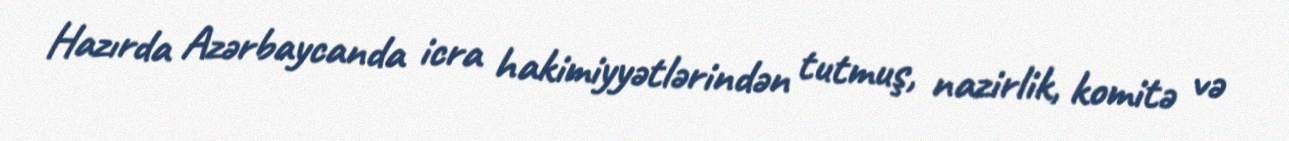
Hazırda Azərbaycanda icra hakimiyyətlərindən tutmuş, nazirlik, komitə və